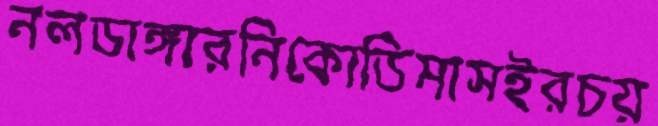
নলডাঙ্গারনিকোডিমাসইরচয়